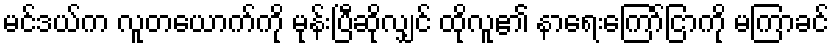
မင်ဒယ်က လူတယောက်ကို မုန်းပြီဆိုလျှင် ထိုလူ၏ နာရေးကြော်ငြာကို မကြာခင်